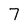
Character: 7